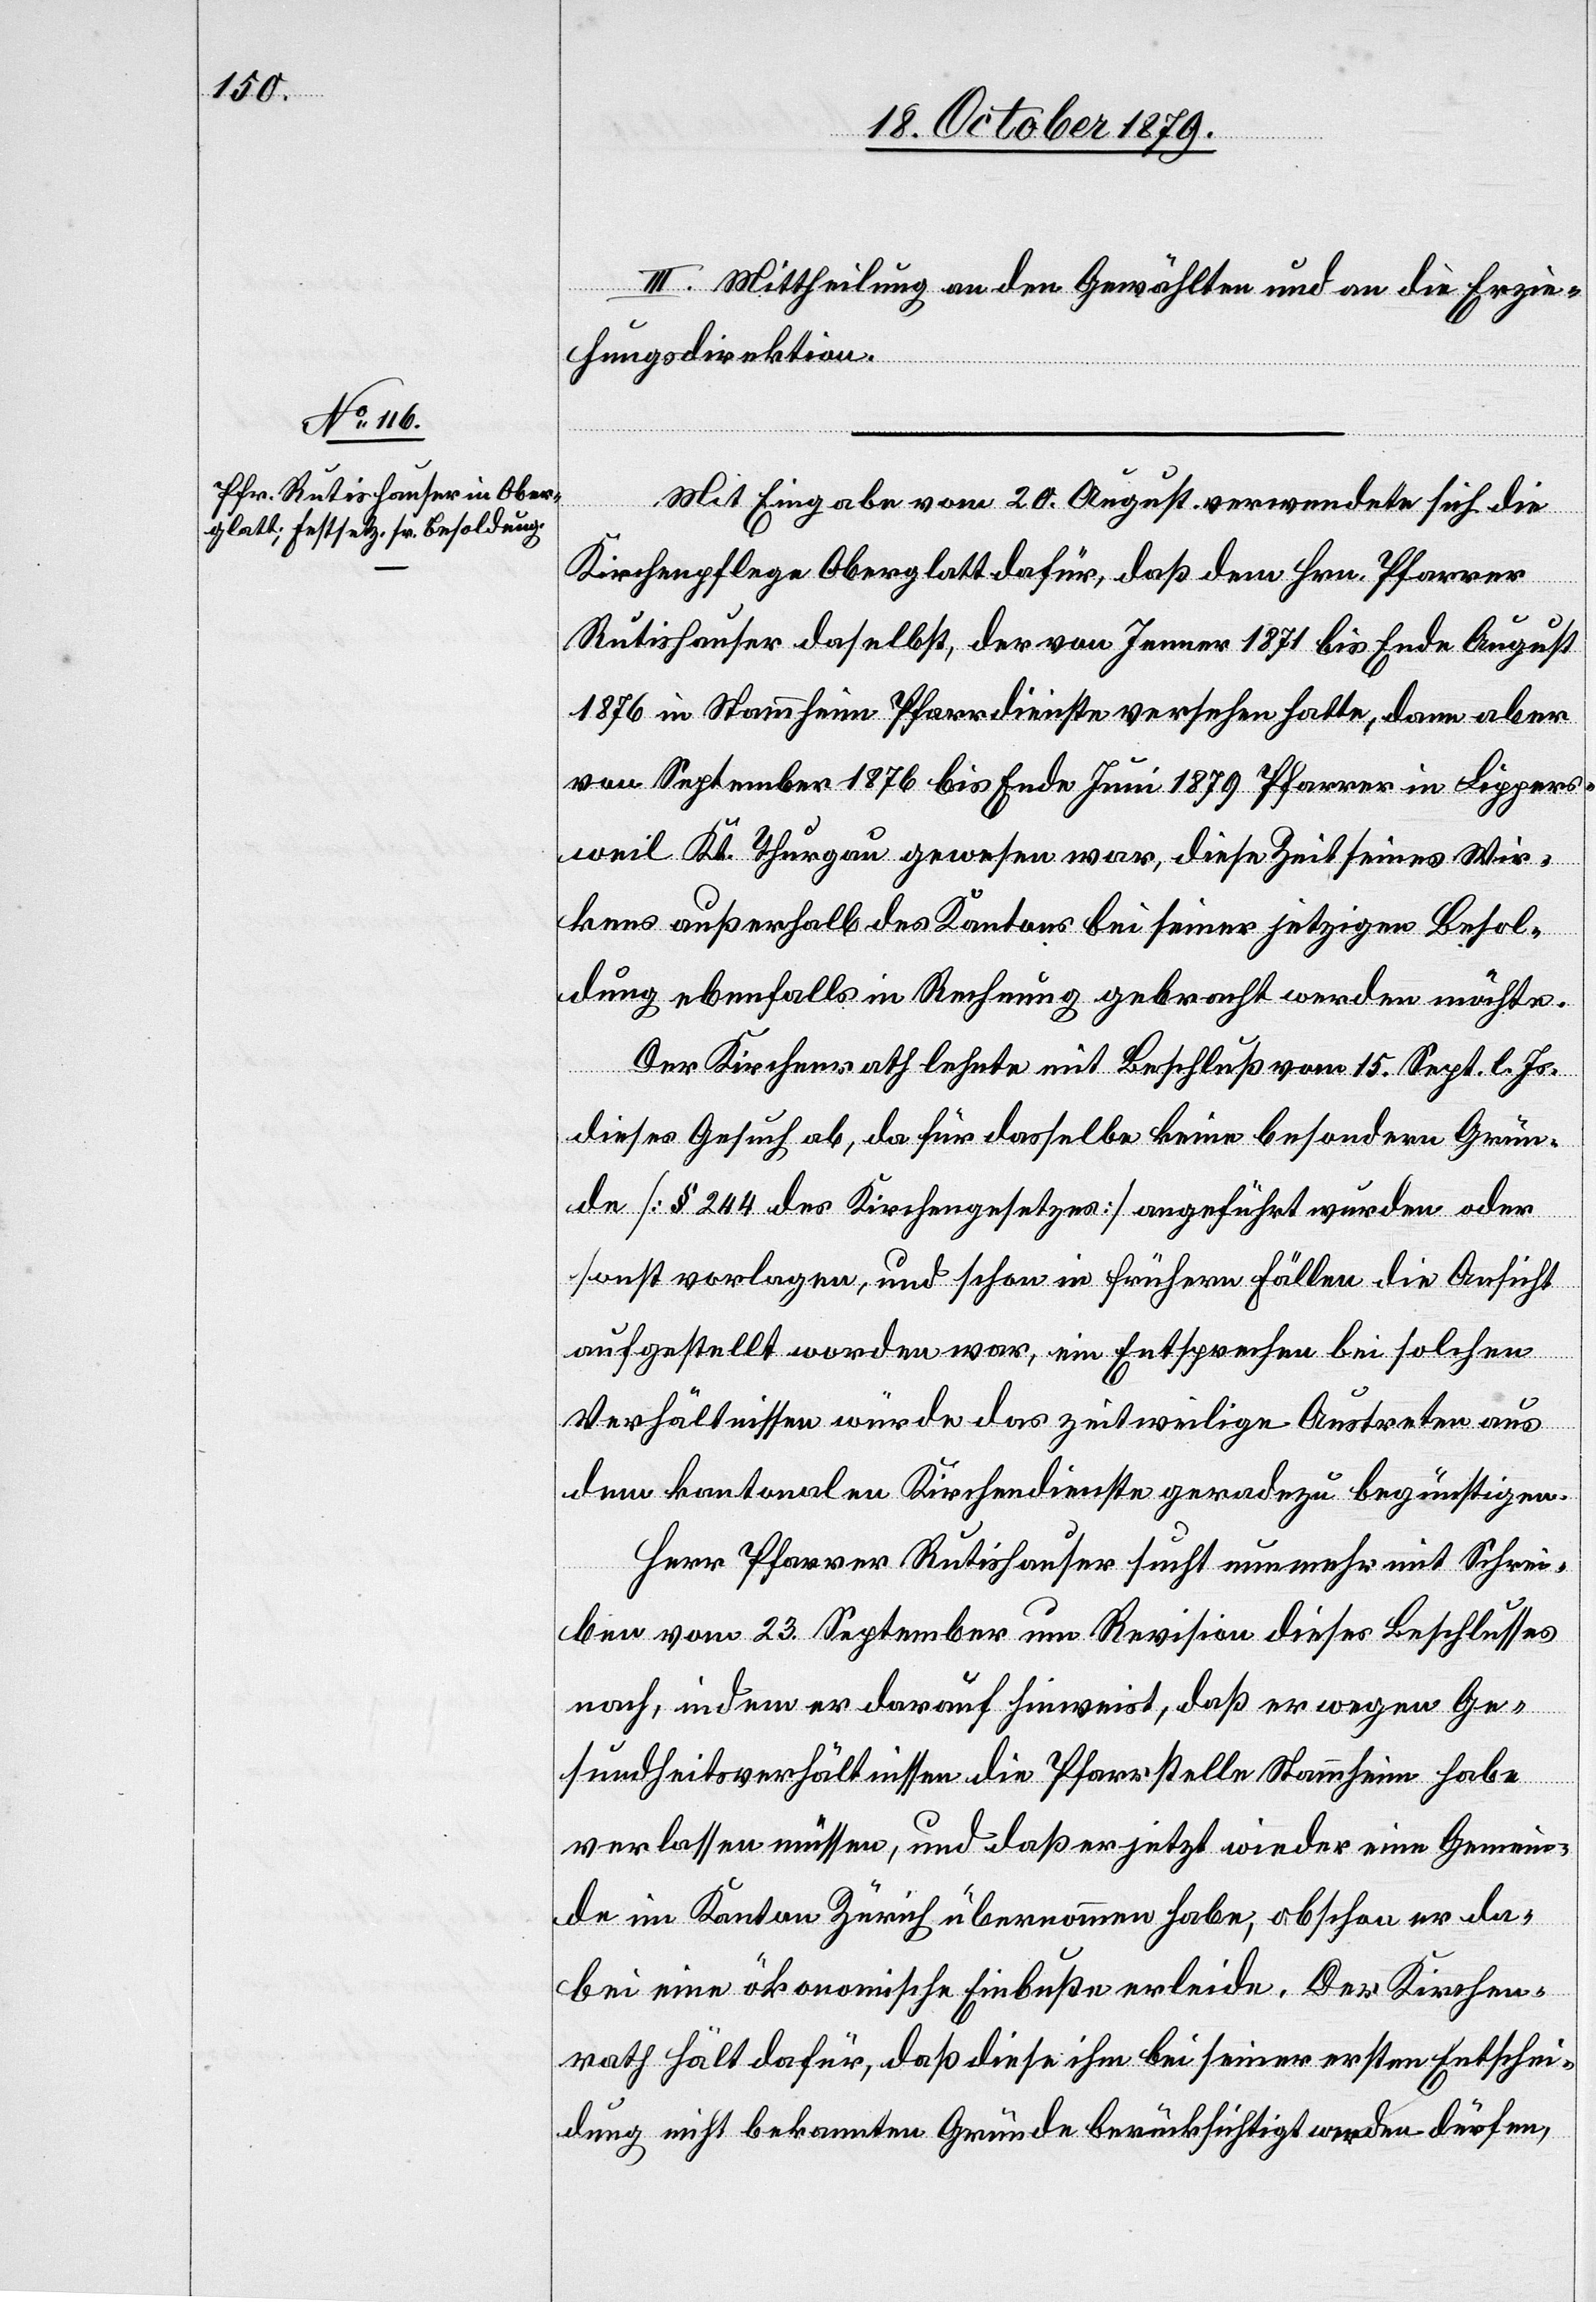
III. Mittheilung an den Gewählten und an die Erzie¬
hungsdirektion.
Mit Eingabe vom 20. August verwendete sich die
Kirchenpflege Oberglatt dafür, das dem Hrn. Pfarrer
Rutishauser daselbst, der von Jenner 1871 bis Ende August
1876 in Stammheim Pfarrdienste versehen hatte, dann aber
von September 1876 bis Ende Juni 1879 Pfarrer in Lippers¬
weil Kt. Thurgau gewesen war, diese Zeit seines Wir¬
kens Außerhalb des Kantons bei seiner jetzigen Besol¬
dung ebenfalls in Rechnung gebracht werden möchte.
Der Kirchenrath lehnte mit Beschluß vom 15. Sept. l. Js.
dieses Gesuch ab, da für dasselbe keine besondern Grün¬
de [§ 244 des Kirchengesetzes] angeführt wurden oder
sonst vorlagen, und schon in frühern Fällen die Ansicht
aufgestellt worden war, ein Entsprechen bei solchen
Verhältnissen würde das zeitweilige Austreten aus
dem kantonalen Kirchendienste geradezu begünstigen.
Herr Pfarrer Rutishauser sucht nunmehr mit Schrei¬
ben vom 23. September um Revision dieses Beschlusses
nach, indem er darauf hinweist, daß er wegen Ge¬
sundheitsverhältnissen die Pfarrstelle Stammheim habe
verlassen müssen, und daß er jetzt wieder eine Gemein¬
de im Kanton Zürich übernommen habe, obschon er da¬
bei eine ökonomische Einbuße erleide. Der Kirchen¬
rath hält dafür, daß diese ihm bei seiner ersten Entschei¬
dung nicht bekannten Gründe berücksichtigt werden dürfen,